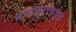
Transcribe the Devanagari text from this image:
मयासुराकडून